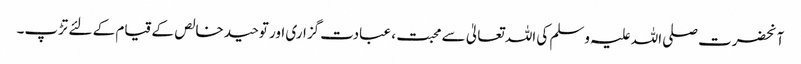
آنحضرت صلی اللہ علیہ وسلم کی اللہ تعالیٰ سے محبت ، عبادت گزاری اور توحید خالص کے قیام کے لئے تڑپ۔